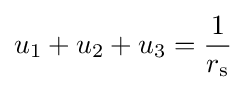
u_{1}+u_{2}+u_{3}={\frac {1}{r_{\text{s}}}}